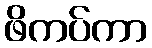
ဖိကပ်ကာ